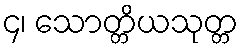
၄၊ သောတ္တိယသုတ္တ